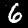
Digit: 6